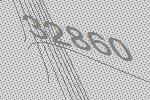
32860